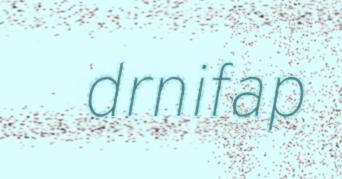
drnifap